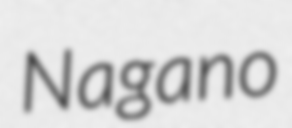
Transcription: Nagano